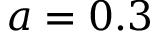
a = 0 . 3